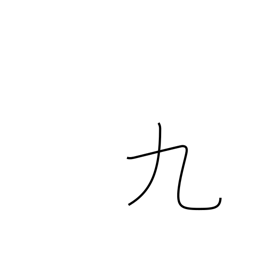
Meaning: nine